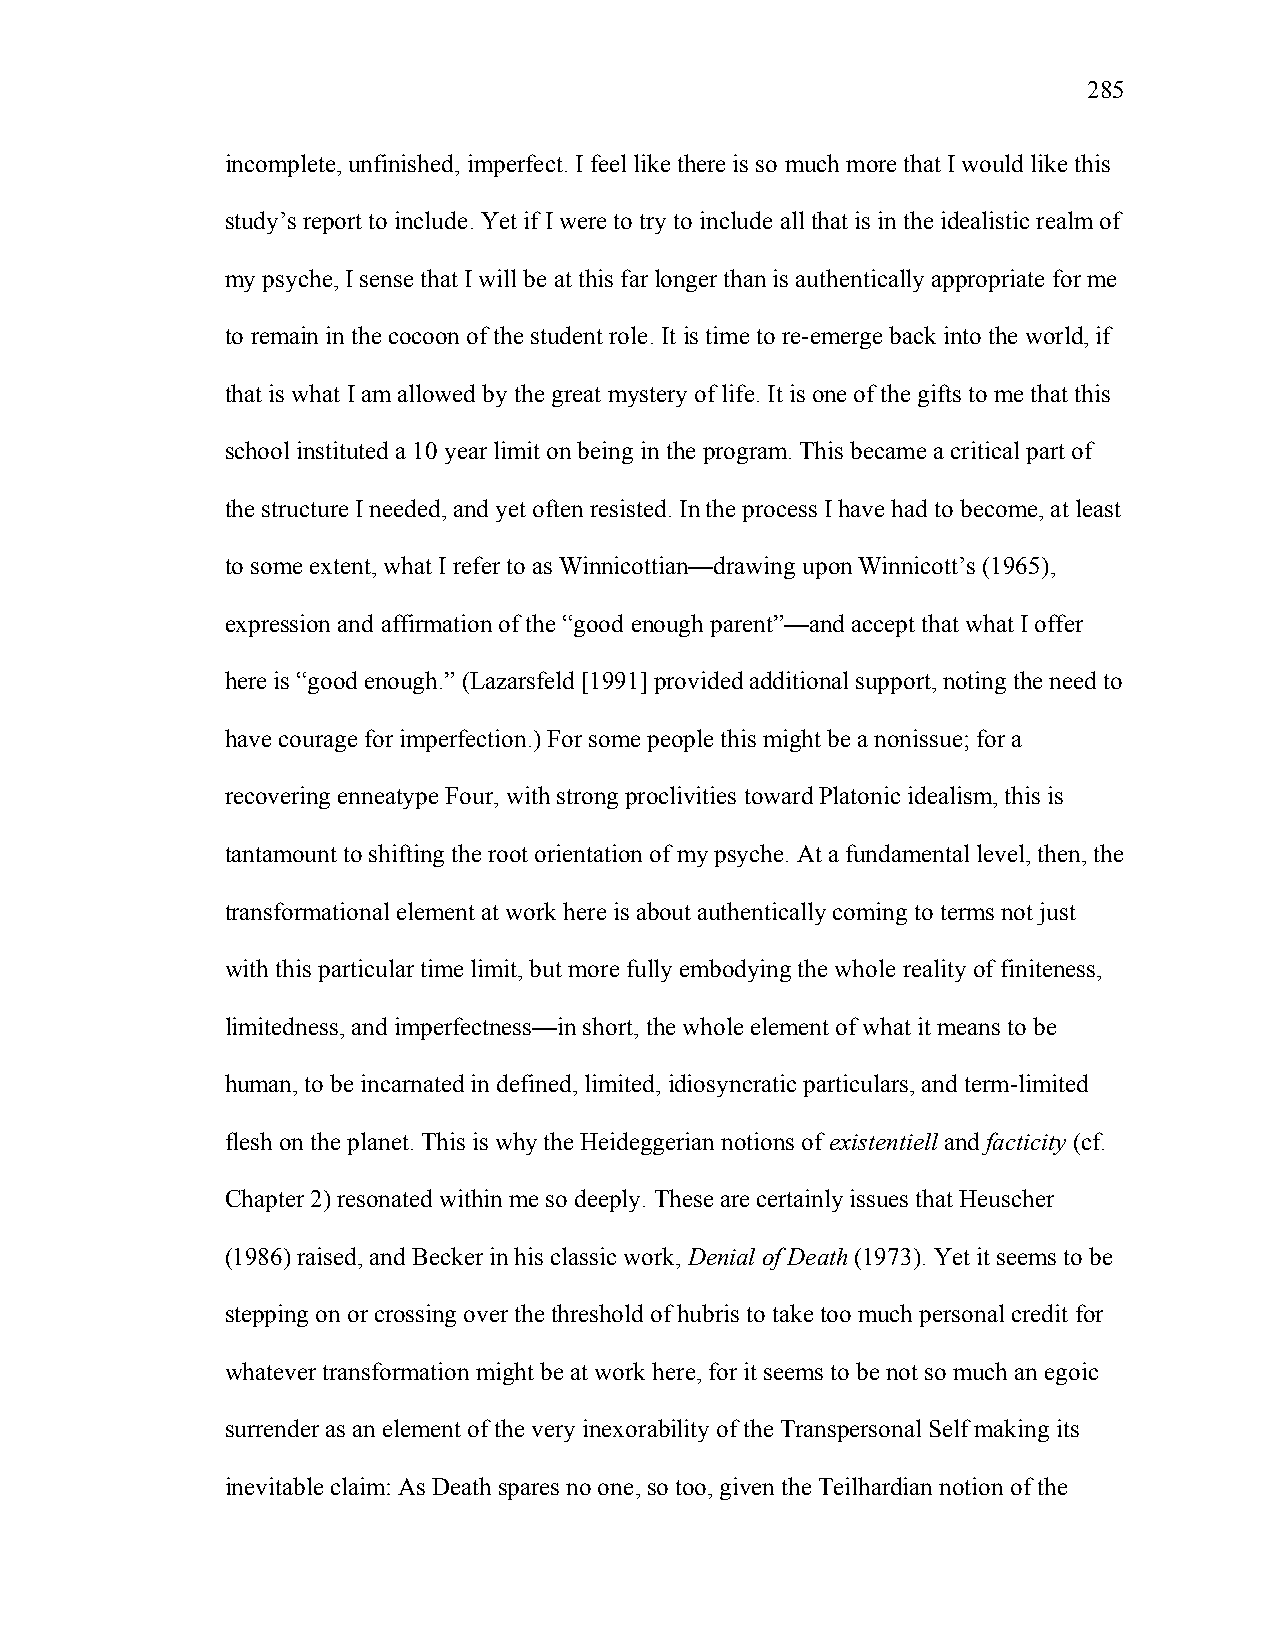
285
 incomplete, unfinished, imperfect. I feel like there is so much more that I would like this
 study’s report to include. Yet if I were to try to include all that is in the idealistic realm of
 my psyche, I sense that I will be at this far longer than is authentically appropriate for me
 to remain in the cocoon of the student role. It is time to re-emerge back into the world, if
 that is what I am allowed by the great mystery of life. It is one of the gifts to me that this
 school instituted a 10 year limit on being in the program. This became a critical part of
 the structure I needed, and yet often resisted. In the process I have had to become, at least
 to some extent, what I refer to as Winnicottian—drawing upon Winnicott’s (1965),
 expression and affirmation of the “good enough parent”—and accept that what I offer
 here is “good enough.” (Lazarsfeld [1991] provided additional support, noting the need to
 have courage for imperfection.) For some people this might be a nonissue; for a
 recovering enneatype Four, with strong proclivities toward Platonic idealism, this is
 tantamount to shifting the root orientation of my psyche. At a fundamental level, then, the
 transformational element at work here is about authentically coming to terms not just
 with this particular time limit, but more fully embodying the whole reality of finiteness,
 limitedness, and imperfectness—in short, the whole element of what it means to be
 human, to be incarnated in defined, limited, idiosyncratic particulars, and term-limited
 flesh on the planet. This is why the Heideggerian notions of existentiell and facticity (cf.
 Chapter 2) resonated within me so deeply. These are certainly issues that Heuscher
 (1986) raised, and Becker in his classic work, Denial of Death (1973). Yet it seems to be
 stepping on or crossing over the threshold of hubris to take too much personal credit for
 whatever transformation might be at work here, for it seems to be not so much an egoic
 surrender as an element of the very inexorability of the Transpersonal Self making its
 inevitable claim: As Death spares no one, so too, given the Teilhardian notion of the